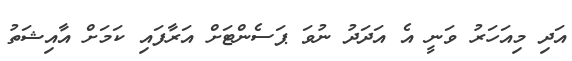
އަދި މިއަހަރު ވަނީ އެ އަދަދު ނުވަ ޕަސެންޓަށް އަރާފައި ކަމަށް އާއިޝަތު